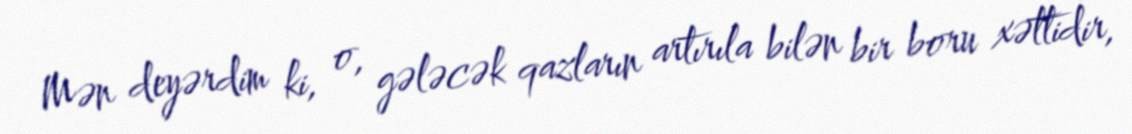
Mən deyərdim ki, o, gələcək qazların artırıla bilən bir boru xəttidir,